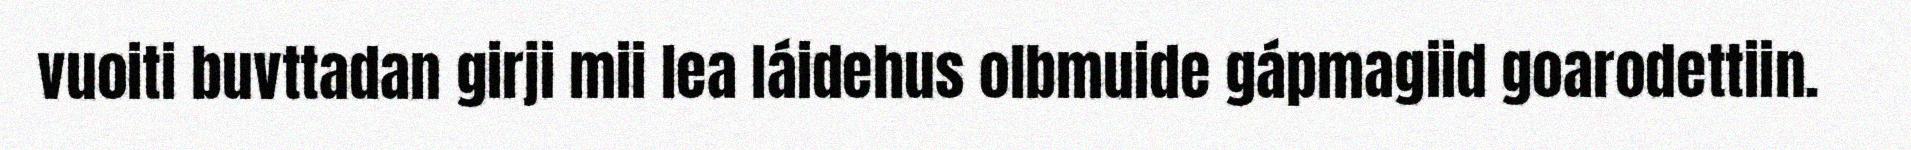
vuoiti buvttadan girji mii lea láidehus olbmuide gápmagiid goarodettiin.